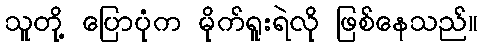
သူတို့ ပြောပုံက မိုက်ရူးရဲလို ဖြစ်နေသည်။